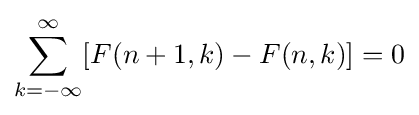
\sum _{k=-\infty }^{\infty }[F(n+1,k)-F(n,k)]=0